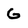
Character: G